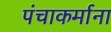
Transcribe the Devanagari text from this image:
पंचाकर्माना